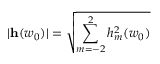
| { \bf h } ( w _ { 0 } ) | = \sqrt { \sum _ { m = - 2 } ^ { 2 } h _ { m } ^ { 2 } ( w _ { 0 } ) }